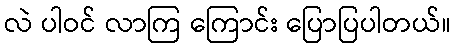
လဲ ပါဝင် လာကြ ကြောင်း ပြောပြပါတယ်။